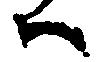
ハ